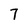
Character: 7